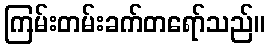
ကြမ်းတမ်းခက်တရော်သည်။